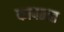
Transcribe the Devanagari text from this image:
कापतात